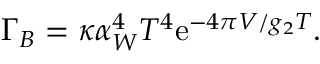
\Gamma _ { B } = \kappa \alpha _ { W } ^ { 4 } T ^ { 4 } { \mathrm { e } } ^ { - 4 \pi V / g _ { 2 } T } .